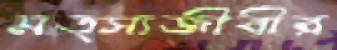
মত্স্যজীবীর